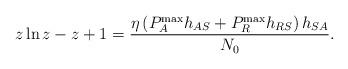
LaTeX: \begin{align*}z\ln z - z + 1 = \frac{{\eta \left( {P_A^{\max}{h_{AS}} + P_R^{\max}{h_{RS}}} \right){h_{SA}}}}{{{N_0}}}.\end{align*}